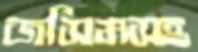
জসিমসহ